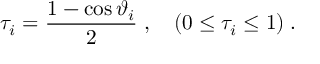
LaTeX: \tau _ { i } = \frac { 1 - \cos \vartheta _ { i } } { 2 } \; , \quad ( 0 \leq \tau _ { i } \leq 1 ) \; .